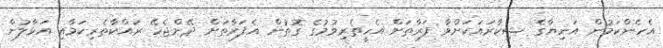
އެހެންކަމުން އަނިޔާގެ ޝިކާރައަކަށްވާ ފަރާތަށް އެހީތެރިވުމުގެ ގޮތުން އެފަރާތަށް ދޭންޖެހޭ ރައްކާތެރިކަމާއި އަޅާލުން